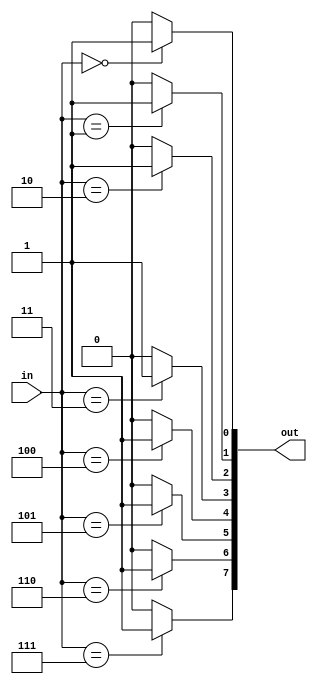
module decoder3b8(
    input [2:0] in,
    output [7:0] out
);

assign out[0] = (in == 3'b000) ? 1 : 0;
assign out[1] = (in == 3'b001) ? 1 : 0;
assign out[2] = (in == 3'b010) ? 1 : 0;
assign out[3] = (in == 3'b011) ? 1 : 0;
assign out[4] = (in == 3'b100) ? 1 : 0;
assign out[5] = (in == 3'b101) ? 1 : 0;
assign out[6] = (in == 3'b110) ? 1 : 0;
assign out[7] = (in == 3'b111) ? 1 : 0;

endmodule